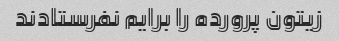
زیتون پرورده را برایم نفرستادند